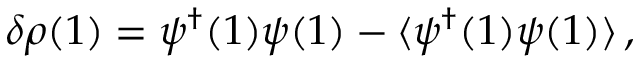
\delta \rho ( 1 ) = \psi ^ { \dagger } ( 1 ) \psi ( 1 ) - \langle \psi ^ { \dagger } ( 1 ) \psi ( 1 ) \rangle \, ,